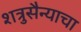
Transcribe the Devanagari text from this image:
शत्रुसैन्याचा